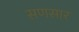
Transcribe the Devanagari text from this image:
सणसार